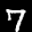
Label: 7